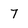
Character: 7